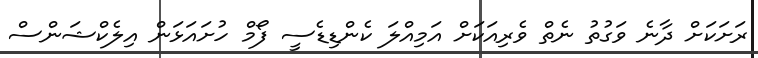
ރަށަކަށް ދާނެ ވަގުތު ނެތް ވެރިއަކަށް އަަމިއްލަ ކެންޑިޑެސީ ފޯމް ހުށައަޅަން އިލެކްޝަންސް